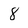
Character: 8